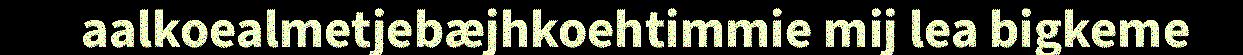
aalkoealmetjebæjhkoehtimmie mij lea bigkeme